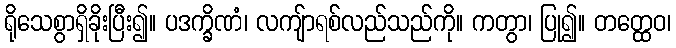
ရိုသေစွာရှိခိုးပြီး၍။ ပဒက္ခိဏံ၊ လကျ်ာရစ်လည်သည်ကို။ ကတွာ၊ ပြု၍။ တတ္ထေဝ၊